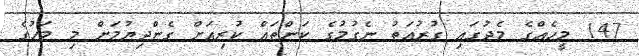
147 މީހެއްގެ މެދުގައި ގުރުއަތު ނެގުމުގެ ކަންތައް ކުރިއަށް ގެންދިޔުމަށް މި މަހުގެ